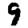
Digit: 9